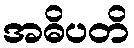
အဓိပတိ